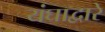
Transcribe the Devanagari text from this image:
यंघाद्वारे